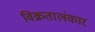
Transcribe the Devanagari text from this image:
विक्रतालंकार